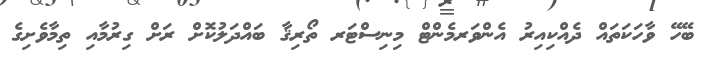
ބޭހޭ ވާހަކަތައް ދެއްކިއިރު އެންވަރމެންޓް މިނިސްޓަރ ތޯރިޤާ ބައްދަލުކޮށް ރަށް ގިރުމާއި ތިމާވެށިގެ